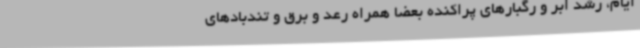
ایام، رشد ابر و رگبارهای پراکنده بعضا همراه رعد و برق و تندبادهای